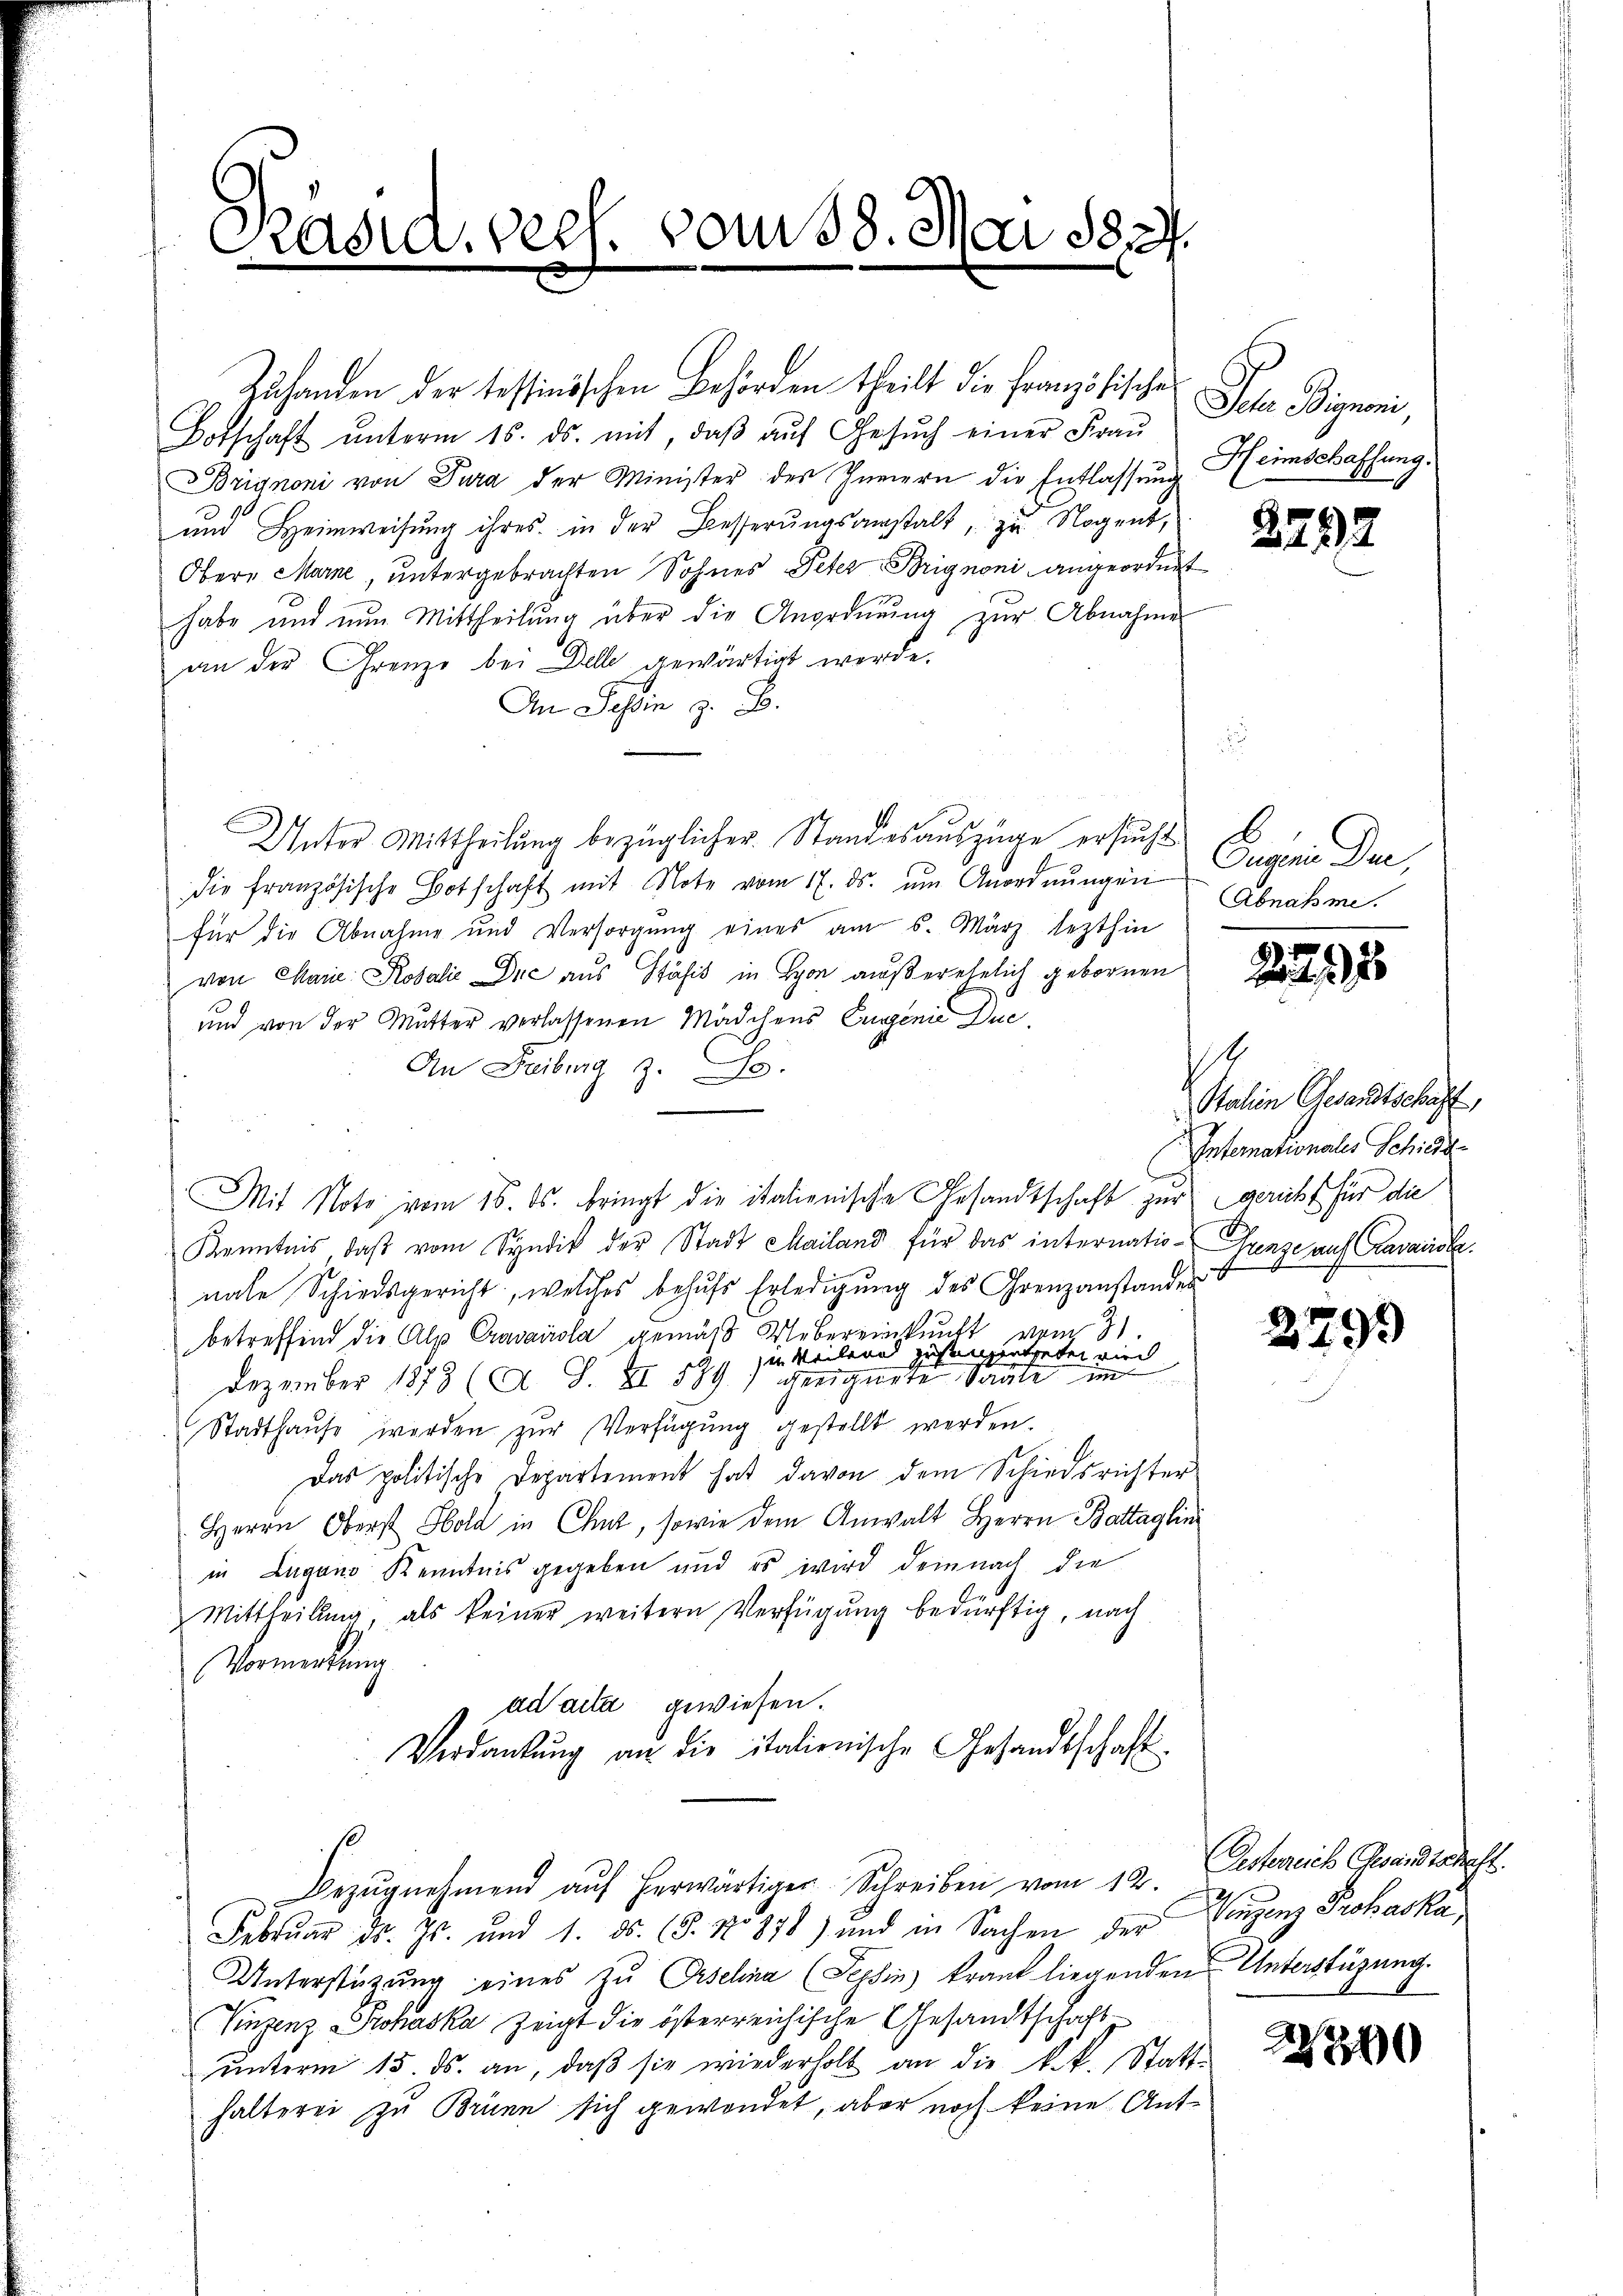
Päsid. seel. vom 18. Mai 1827

Zuhanden der tessinischen Behörden theilt die Französische
Botschaft ŭnterm 15. ds. mit, daβ aŭf Gesŭch einer Fraŭ
Brignoni von Tura der Minister des Innern die Entlassung
und Heimweisung ihres in der Besserungsanstalt, zu Nogent,
Obere Marne, untergebrachten Sohnes Peter Brignoni angeordnet
habe und nun Mittheilung über die Anordnung zur Abnahmes
an der Grenze bei Delle gewärtigt werde.
An Tessin z. B.
Unter Mittheilung bezüglicher Standesauszüge ersucht Eingenia Der,
die französische Botschaft mit Note vom 17. ds. ŭm Anordnŭngen
für die Abnahme und Versorgŭng eines am 6. März lezthin
von Marie Kosalić Duc aus Stähis in Lyon außerehelich gebornen
und von der Mutter verlassenen Mädchens Eugenie Duc¬
An Freiburg z. S.
Mit Note vom 15. ds. bringt die italienische Gesandtschaft zur gericht für die
Kenntnis, daβ vom Syndik der Stadt Mailand für das internatio- Ganze auf Cravausle
nale Schiedsgericht, welches behŭfs Erledigung des Grenzanstandes
betreffend die Alp Cravaiola gemäβ Uebereinkunft vom 3.
in Weilend zustanzentreten wird
Dezember 1873 (A. S. II 589) geeignete Saate im
Stadthause werden zur Verfügung gestellt werden.
Das politische Departement hat davon dem Schiedsrichter
Herrn Oberst Sold in Chur, sowie dem Anwalt Herrn Battaglini
in Lugano Kenntnis gegeben und es wird demnach die
Mittheilung, als keiner weitern Verfügung bedürftig, nach
Vormerkung
ad acta gewiesen.
Verdankŭng an die italienische Gesandtschaft
Bezŭgnehmend aŭf herwärtiger Schreiben vom 12.
Februar d. Js. und 1. ds. (§. No 878) und in Sachen der Verzenz Prohaska
Unterstützung eines zu Oeselina (Tessin krant liegenden Unterstüzung.
Vinzenz Prohaska zeigt die österreichische Gesandtschaftunterm 15. ds. an, daß sie wiederholt an die k.k. Statt-
halterei zu Brünn sich gewendet, aber noch keine Ant¬

Da einen
Heimschaffung.

2792

Abnahme.

22120

.
Stalien Gesandtschaft,
Interationales Schilde

279)

Oesterreich Gesandtschaft.

22240